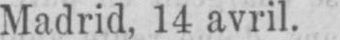
Madrid, 14 avril.